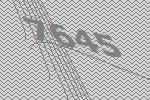
7645